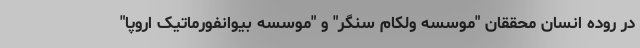
در روده انسان محققان "موسسه ولکام سنگر" و "موسسه بیوانفورماتیک اروپا"